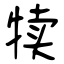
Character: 犊